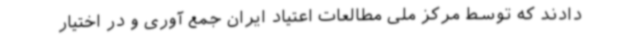
دادند که توسط مرکز ملی مطالعات اعتیاد ایران جمع آوری و در اختیار